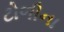
ટોળીના